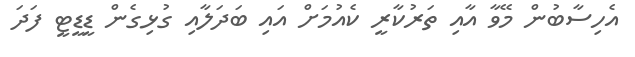
އެހިސާބުން މޭވާ އާއި ތަރުކާރީ ކެއުމަށް އައި ބަދަލާއި ގުޅިގެން ޑީޑީޓީ ފަދަ